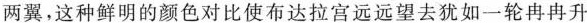
两翼，这种鲜明的颜色对比使布达拉宫远远望去犹如一轮冉冉升